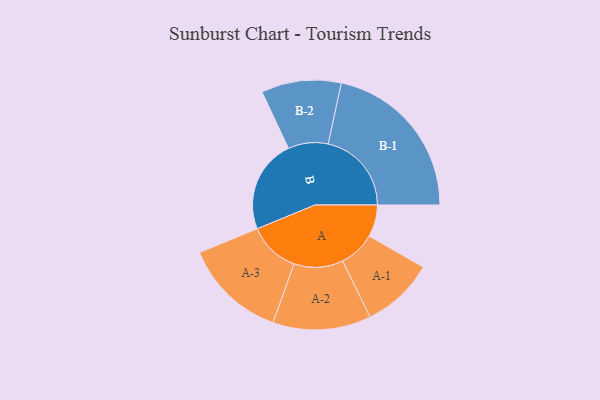
{"axis": {"x": "Segment", "y": "Value"}, "legend": ["", "A", "B"], "data": [{"x": "A", "y": 108, "type": ""}, {"x": "B", "y": 316, "type": ""}, {"x": "A-1", "y": 123, "type": "A"}, {"x": "A-2", "y": 166, "type": "A"}, {"x": "A-3", "y": 174, "type": "A"}, {"x": "B-1", "y": 282, "type": "B"}, {"x": "B-2", "y": 135, "type": "B"}]}